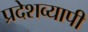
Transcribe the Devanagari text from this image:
प्रदेशव्यापी